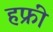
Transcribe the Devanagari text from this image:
हफ्रीं